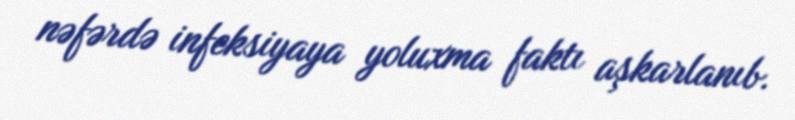
nəfərdə infeksiyaya yoluxma faktı aşkarlanıb.